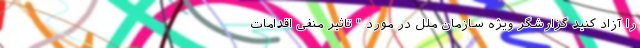
را آزاد کنید گزارشگر ویژه سازمان ملل در مورد " تاثیر منفی اقدامات